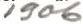
1906